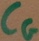
Text: CG